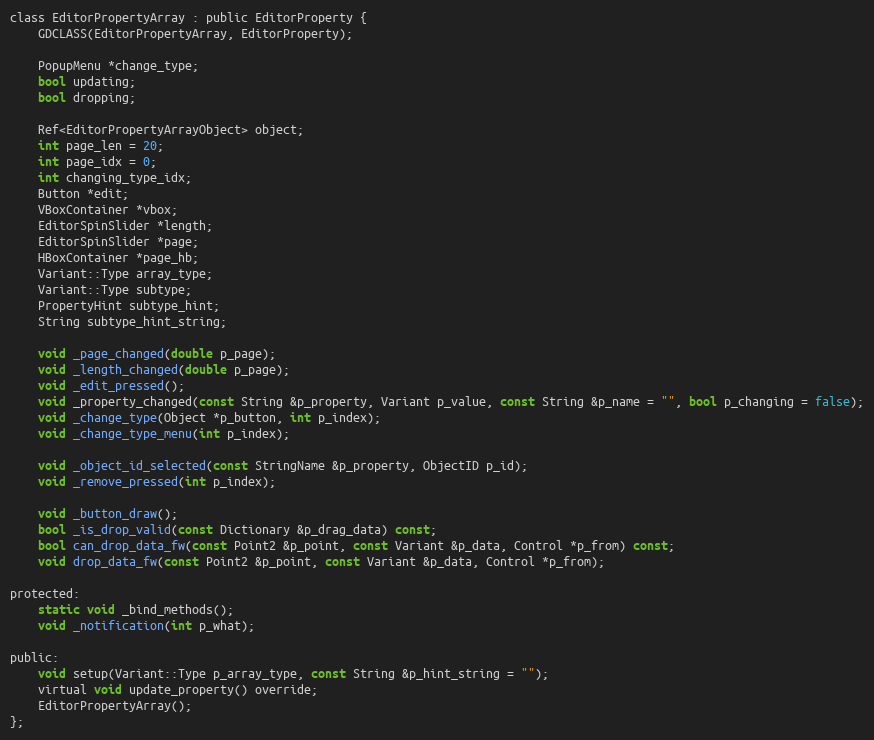
Language: C
class EditorPropertyArray : public EditorProperty {
	GDCLASS(EditorPropertyArray, EditorProperty);

	PopupMenu *change_type;
	bool updating;
	bool dropping;

	Ref<EditorPropertyArrayObject> object;
	int page_len = 20;
	int page_idx = 0;
	int changing_type_idx;
	Button *edit;
	VBoxContainer *vbox;
	EditorSpinSlider *length;
	EditorSpinSlider *page;
	HBoxContainer *page_hb;
	Variant::Type array_type;
	Variant::Type subtype;
	PropertyHint subtype_hint;
	String subtype_hint_string;

	void _page_changed(double p_page);
	void _length_changed(double p_page);
	void _edit_pressed();
	void _property_changed(const String &p_property, Variant p_value, const String &p_name = "", bool p_changing = false);
	void _change_type(Object *p_button, int p_index);
	void _change_type_menu(int p_index);

	void _object_id_selected(const StringName &p_property, ObjectID p_id);
	void _remove_pressed(int p_index);

	void _button_draw();
	bool _is_drop_valid(const Dictionary &p_drag_data) const;
	bool can_drop_data_fw(const Point2 &p_point, const Variant &p_data, Control *p_from) const;
	void drop_data_fw(const Point2 &p_point, const Variant &p_data, Control *p_from);

protected:
	static void _bind_methods();
	void _notification(int p_what);

public:
	void setup(Variant::Type p_array_type, const String &p_hint_string = "");
	virtual void update_property() override;
	EditorPropertyArray();
};